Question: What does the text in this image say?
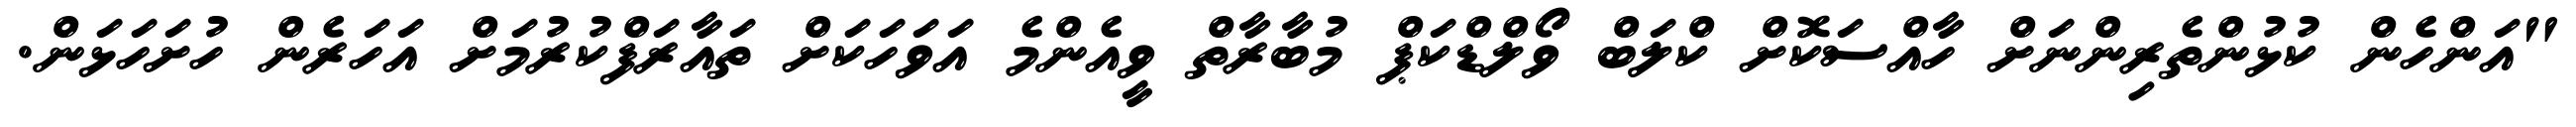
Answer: "އަންހެން ކުޅުންތެރިންނަށް ހާއްސަކޮށް ކްލަބް ވޯލްޑްކަޕް މުބާރާތް ވީއެންމެ އަވަހަކަށް ތައާރަފްކުރުމަށް އަހަރެން ހުށަހަޅަން.